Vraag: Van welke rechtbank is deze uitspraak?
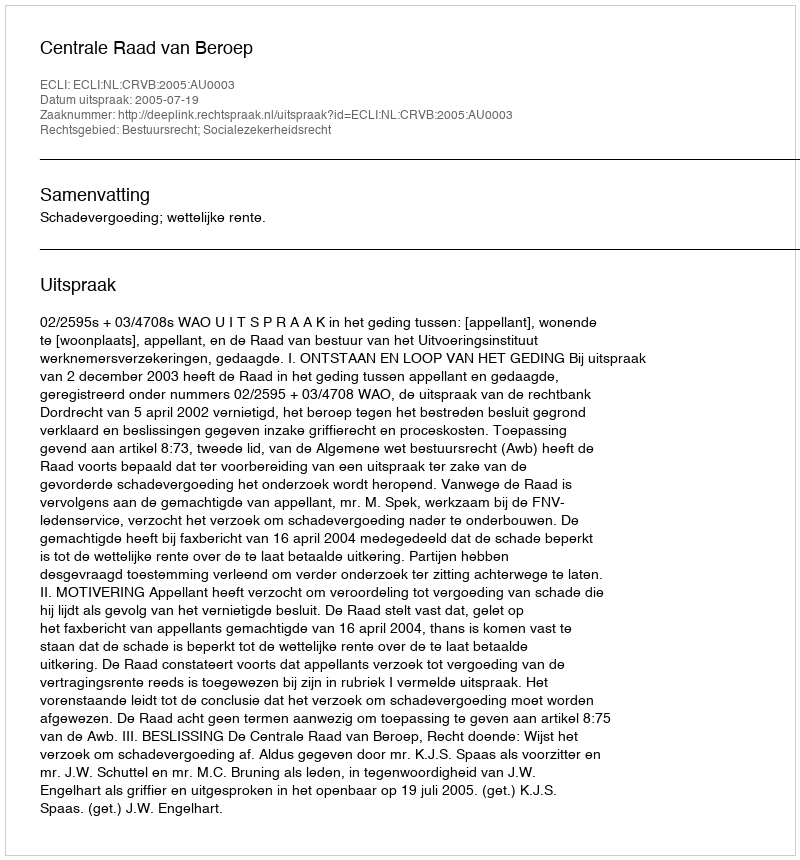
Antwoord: Centrale Raad van Beroep